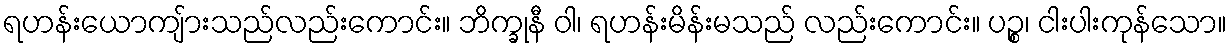
ရဟန်းယောကျ်ားသည်လည်းကောင်း။ ဘိက္ခုနီ ဝါ၊ ရဟန်းမိန်းမသည် လည်းကောင်း။ ပဉ္စ၊ ငါးပါးကုန်သော။